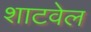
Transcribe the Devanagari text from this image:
शाटवेल